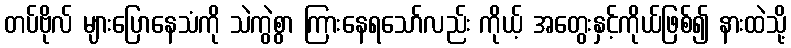
တပ်ဗိုလ် များပြောနေသံကို သဲကွဲစွာ ကြားနေရသော်လည်း ကိုယ့် အတွေးနှင့်ကိုယ်ဖြစ်၍ နားထဲသို့